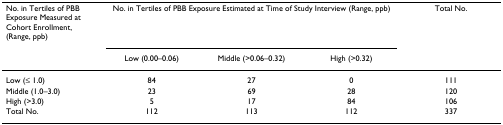
<table><thead><tr><td><b>No. in Tertiles of PBB Exposure Measured at Cohort Enrollment, (Range, ppb)</b></td><td colspan="3"><b>No. in Tertiles of PBB Exposure Estimated at Time of Study Interview (Range, ppb)</b></td><td><b>Total No.</b></td></tr><tr><td>[EMPTY_CELL]</td><td><b>Low (0.00–0.06)</b></td><td><b>Middle (&gt;0.06–0.32)</b></td><td><b>High (&gt;0.32)</b></td><td>[EMPTY_CELL]</td></tr></thead><tbody><tr><td>Low (≤ 1.0)</td><td>84</td><td>27</td><td>0</td><td>111</td></tr><tr><td>Middle (1.0–3.0)</td><td>23</td><td>69</td><td>28</td><td>120</td></tr><tr><td>High (&gt;3.0)</td><td>5</td><td>17</td><td>84</td><td>106</td></tr><tr><td>Total No.</td><td>112</td><td>113</td><td>112</td><td>337</td></tr></tbody></table>